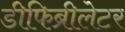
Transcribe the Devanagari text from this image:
डीफिब्रीलेटर